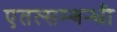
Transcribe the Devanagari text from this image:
एतत्सम्बन्धी